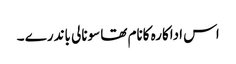
اس اداکارہ کانام تھا سونالی باندرے ۔